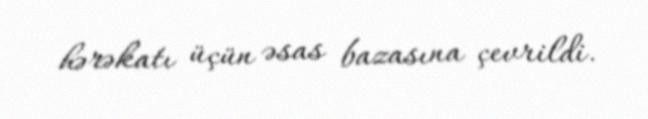
hərəkatı üçün əsas bazasına çevrildi.